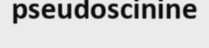
pseudoscinine